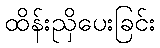
ထိန်းညှိပေးခြင်း